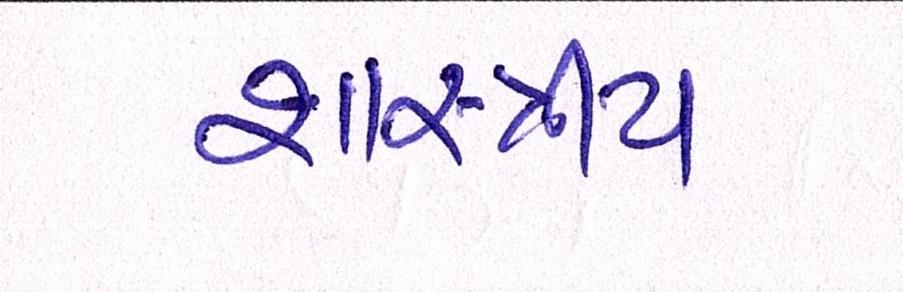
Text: શાસ્ત્રીય